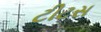
ટીટસ